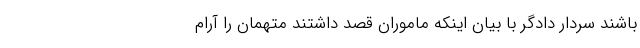
باشند سردار دادگر با بیان اینکه ماموران قصد داشتند متهمان را آرام